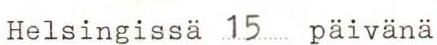
Helsingissä 15  päivänä